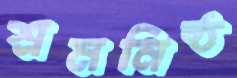
শ্রমনিষ্ঠ